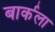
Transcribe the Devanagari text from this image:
बार्कला